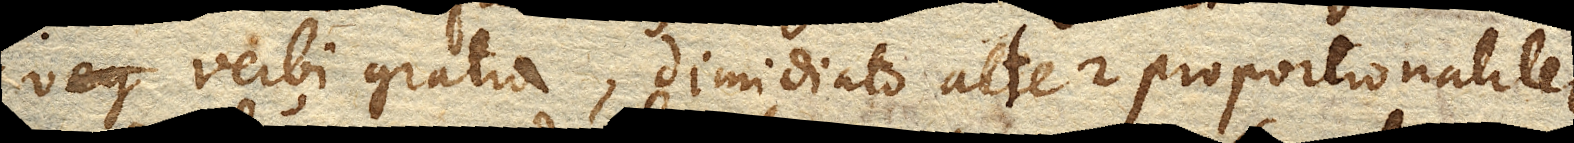
verbi gratia, dimidiato alter proportionaliter